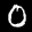
Label: 0